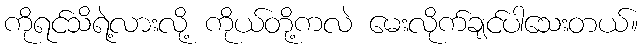
ကိုရင်သိရဲ့လားလို့ ကိုယ်တို့ကလဲ မေးလိုက်ချင်ပါသေးတယ်။